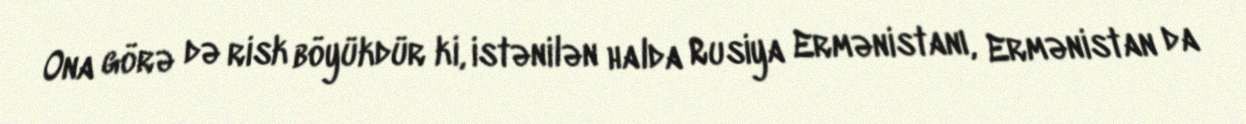
Ona görə də risk böyükdür ki, istənilən halda Rusiya Ermənistanı, Ermənistan da